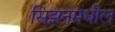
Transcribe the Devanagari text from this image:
सिझनमधील